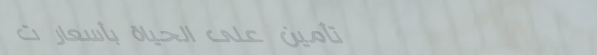
تأمين على الحياة بأسعار ت